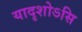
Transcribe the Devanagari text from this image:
यादृशोऽसि